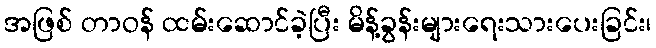
အဖြစ် တာဝန် ထမ်းဆောင်ခဲ့ပြီး မိန့်ခွန်းများရေးသားပေးခြင်း၊